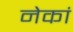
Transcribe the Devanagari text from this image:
नेकां